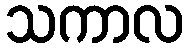
သကာလ